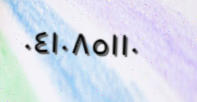
٠٤١٠٨٥١١٠